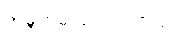
အမှုထမ်းခဲ့ကြပါတယ်။